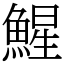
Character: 鯹